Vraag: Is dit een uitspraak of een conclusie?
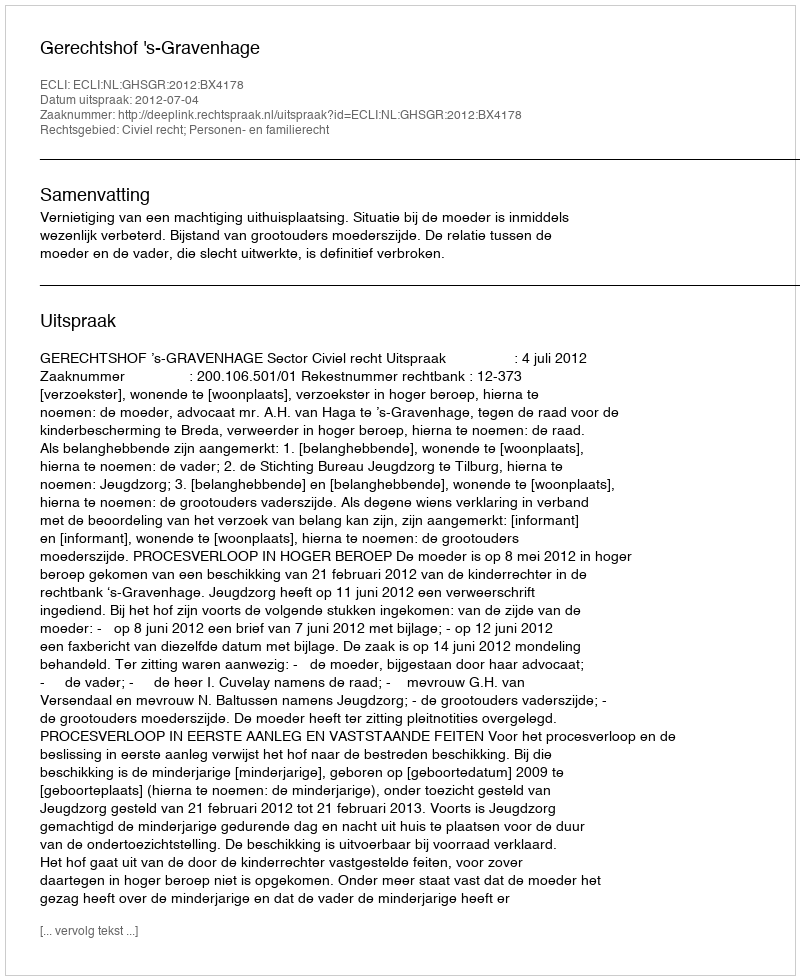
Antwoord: Uitspraak